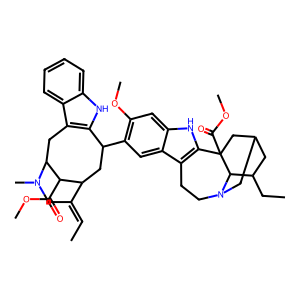
SMILES: CC=C1CN(C)C2Cc3c([nH]c4ccccc34)C(c3cc4c5c([nH]c4cc3OC)C3(C(=O)OC)CC4CC(CC)C3N(CC5)C4)CC1C2C(=O)OC
Inhibits HIV replication: No